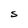
Character: S